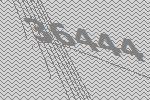
36444